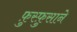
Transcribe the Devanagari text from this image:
फ़ुस्फ़ुसाने